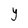
Character: Y